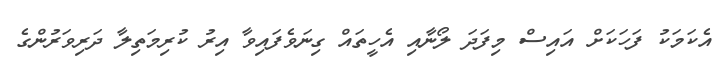
އެކަމަކު ފަހަކަށް އައިސް މިފަދަ ލޯނާއި އެހީތައް ގިނަވެފައިވާ އިރު ކުރިމަތިލާ ދަރިވަރުންގެ